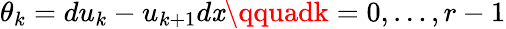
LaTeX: \theta_{k}=du_{k}-u_{k+1}d\mathit{x}\qquadk=0,\ldots,r-1